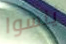
ينسوا